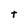
Character: t